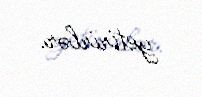
yetirirlər.